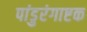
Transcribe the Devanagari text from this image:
पांडुरंगाष्टक